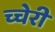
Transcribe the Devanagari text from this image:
च्चेरी